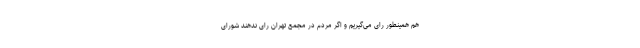
هم همینطور رای می‌گیریم و اگر مردم در مجمع تهران رای ندهند شورای